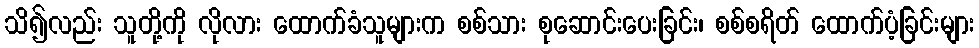
သိ၍လည်း သူတို့ကို လိုလား ထောက်ခံသူများက စစ်သား စုဆောင်းပေးခြင်း၊ စစ်စရိတ် ထောက်ပံ့ခြင်းများ